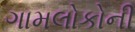
ગામલોકોની